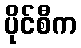
ပိုင်စီက